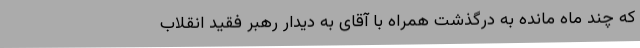
که چند ماه مانده به درگذشت همراه با آقای به دیدار رهبر فقید انقلاب